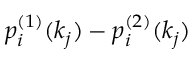
p _ { i } ^ { ( 1 ) } ( k _ { j } ) - p _ { i } ^ { ( 2 ) } ( k _ { j } )